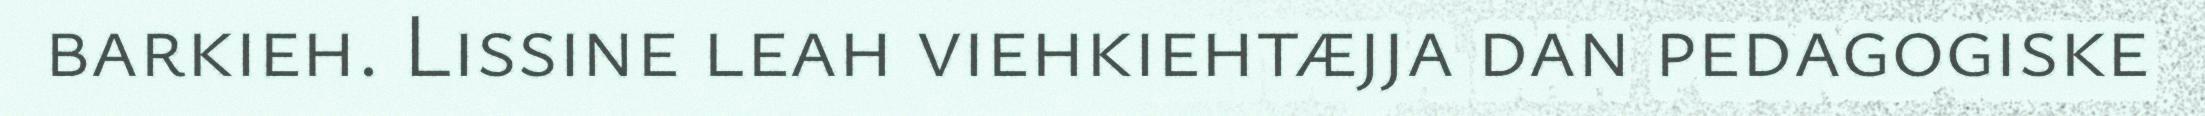
barkieh. Lissine leah viehkiehtæjja dan pedagogiske